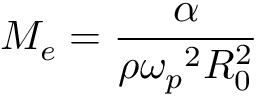
{ \cal M } _ { e } = \frac { \alpha } { \rho { \omega _ { p } } ^ { 2 } R _ { 0 } ^ { 2 } }